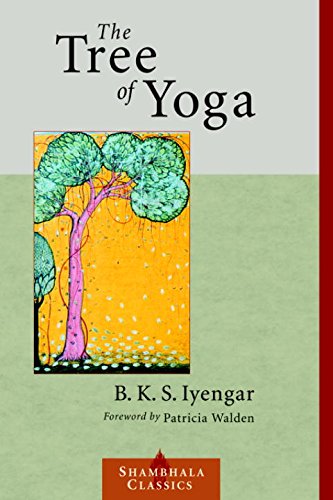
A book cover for The Tree of Yoga (Shambhala Classics); B.K.S. Iyengar; Religion & Spirituality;